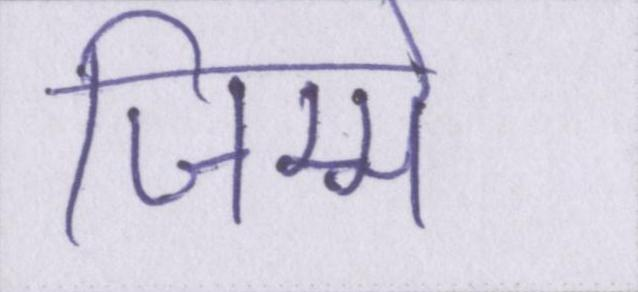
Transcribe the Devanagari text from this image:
जिम्मे